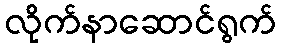
လိုက်နာဆောင်ရွက်